Indian journal of veterinary science and animal husbandry - Volume 6,
Year: 1936
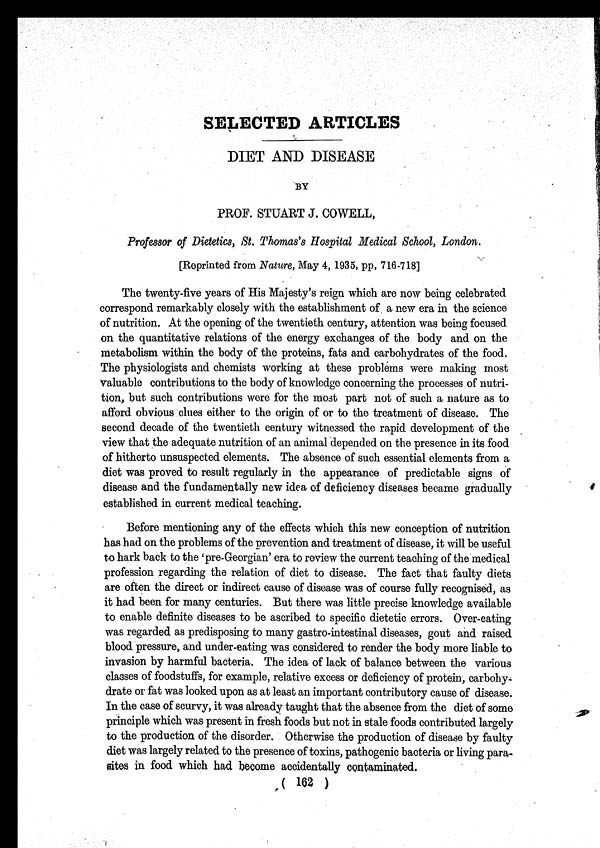
SELECTED ARTICLES
DIET AND DISEASE
BY
PROF. STUART J. COWELL,
Professor of Dietetics, St. Thomas's Hospital Medical School, London.
[Reprinted from Nature, May 4, 1935, pp, 716-718]
The twenty-five years of His Majesty's reign which are now being celebrated
correspond remarkably closely with the establishment of a new era in the science
of nutrition. At the opening of the twentieth century, attention was being focused
on the quantitative relations of the energy exchanges of the body and on the
metabolism within the body of the proteins, fats and carbohydrates of the food.
The physiologists and chemists working at these problems were making most
valuable contributions to the body of knowledge concerning the processes of nutri-
tion, but such contributions were for the most part not of such a nature as to
afford obvious clues either to the origin of or to the treatment of disease. The
second decade of the twentieth century witnessed the rapid development of the
view that the adequate nutrition of an animal depended on the presence in its food
of hitherto unsuspected elements. The absence of such essential elements from a
diet was proved to result regularly in the appearance of predictable signs of
disease and the fundamentally new idea of deficiency diseases became gradually
established in current medical teaching.
Before mentioning any of the effects which this new conception of nutrition
has had on the problems of the prevention and treatment of disease, it will be useful
to hark back to the 'pre-Georgian' era to review the current teaching of the medical
profession regarding the relation of diet to disease. The fact that faulty diets
are often the direct or indirect cause of disease was of course fully recognised, as
it had been for many centuries. But there was little precise knowledge available
to enable definite diseases to be ascribed to specific dietetic errors. Over-eating
was regarded as predisposing to many gastro-intestinal diseases, gout and raised
blood pressure, and under-eating was considered to render the body more liable to
invasion by harmful bacteria. The idea of lack of balance between the various
classes of foodstuffs, for example, relative excess or deficiency of protein, carbohy¬
drate or fat was looked upon as at least an important contributory cause of disease.
In the case of scurvy, it was already taught that the absence from the diet of some
principle which was present in fresh foods but not in stale foods contributed largely
to the production of the disorder. Otherwise the production of disease by faulty
diet was largely related to the presence of toxins, pathogenic bacteria or living para-
sites in food which had become accidentally contaminated.
( 162 )